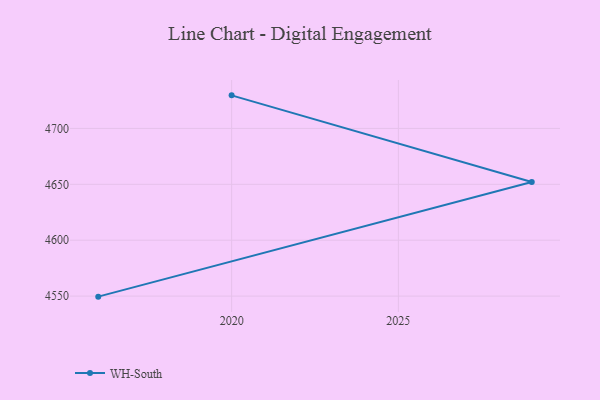
{"axis": {"x": "Year", "y": "Satisfaction Score"}, "legend": ["WH-South"], "data": [{"x": "2020", "y": 4729.6, "type": "WH-South"}, {"x": "2029", "y": 4652.0, "type": "WH-South"}, {"x": "2016", "y": 4549.5, "type": "WH-South"}]}